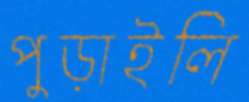
পুড়াইলি